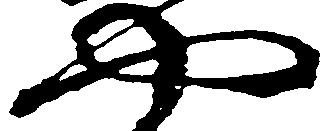
や